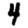
Digit: 4